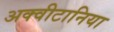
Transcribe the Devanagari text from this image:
अक्वीटानिया